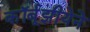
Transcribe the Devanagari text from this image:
कॉर्बूझीयेने